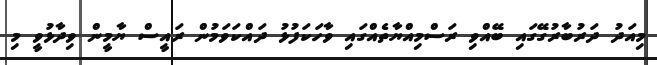
މިއަދު ދަރުބާރުގޭގައި ބޭއްވި ރަސްމިއްޔާތެއްގައި ވާހަކަފުޅު ދައްކަވަމުން ރައީސް ޔާމީން ވިދާޅުވީ މި